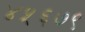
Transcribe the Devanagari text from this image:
४५६७९